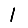
Digit: 1